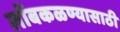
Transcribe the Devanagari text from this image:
लोंबकळण्यासाठी